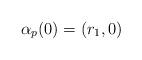
LaTeX: \begin{align*}\alpha_p(0)=(r_1,0)\end{align*}